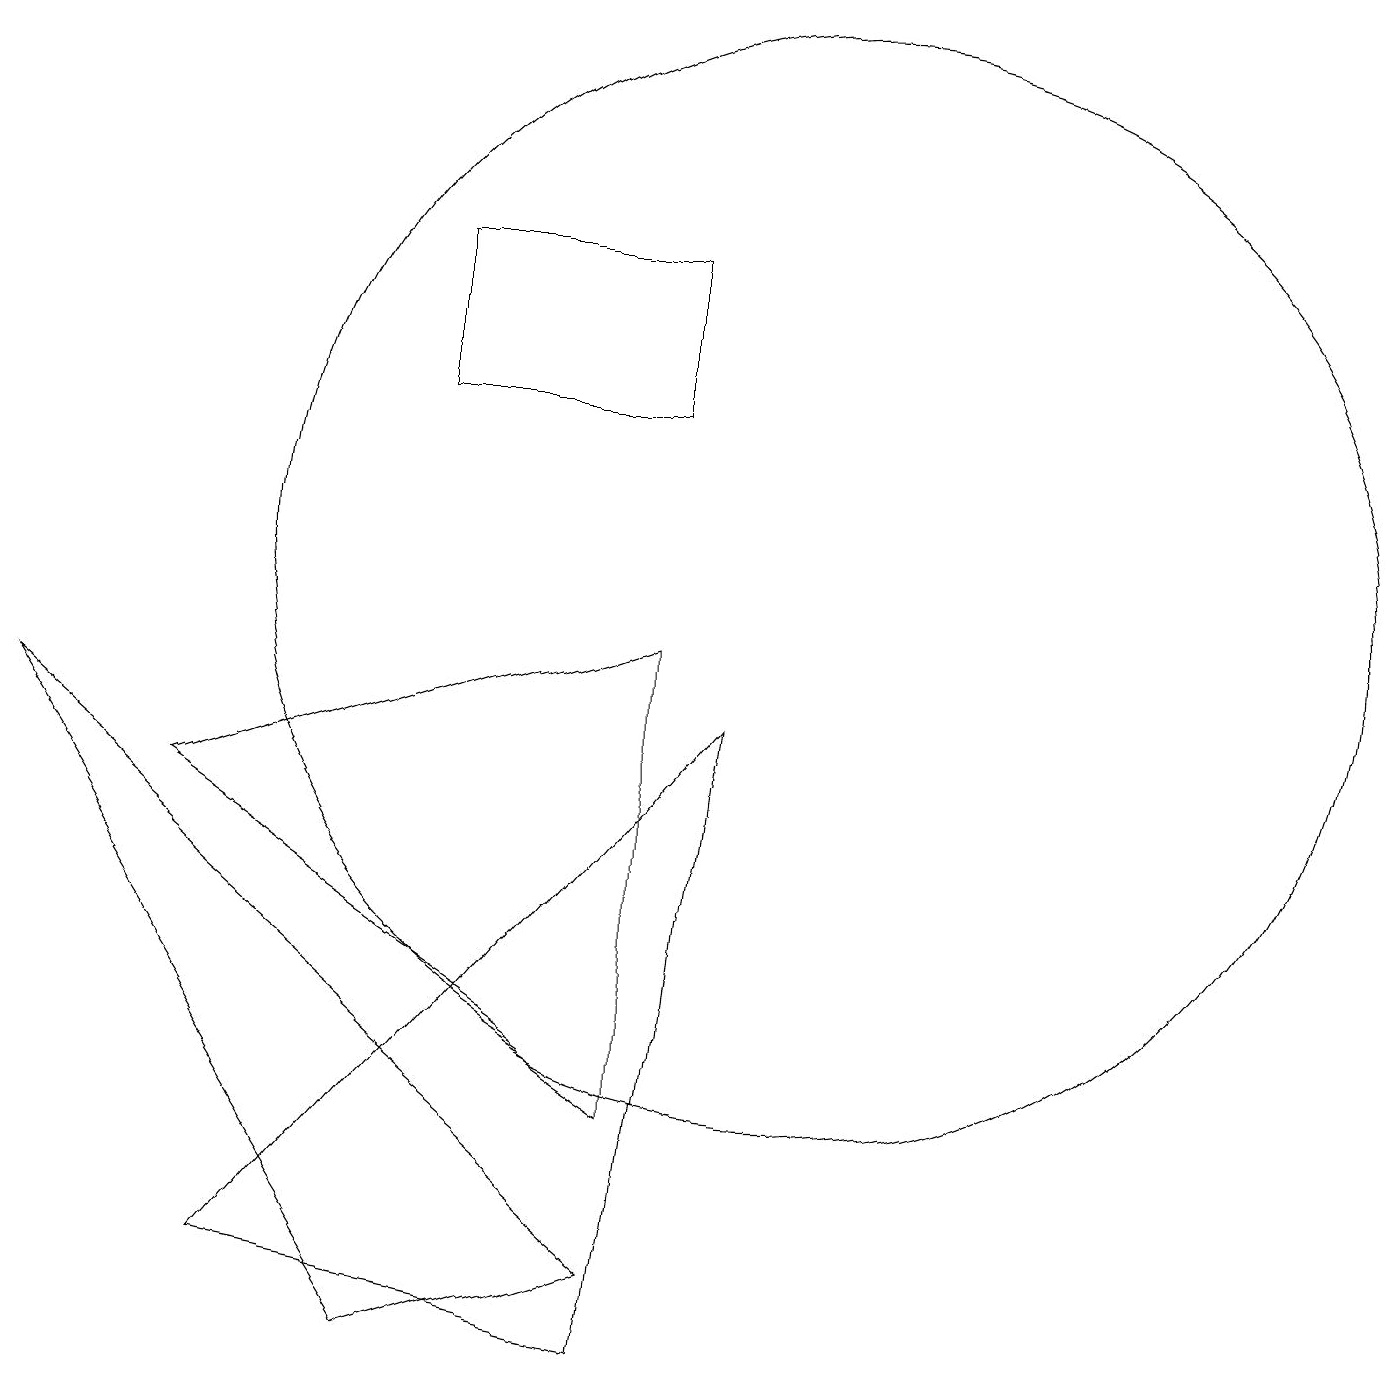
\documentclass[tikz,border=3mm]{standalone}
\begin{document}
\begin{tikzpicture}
\draw (10,10) circle (7);
\draw (5,0) -- (8,1) -- (0,8) -- cycle;
\draw (8,9) -- (2,7) -- (8,3) -- cycle;
\draw (8,0) -- (3,1) -- (9,8) -- cycle;
\draw (8,12) rectangle (5,14);
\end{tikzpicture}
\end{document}